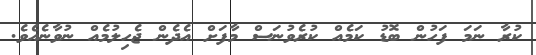
ކުރާ ނަމަ ފަހުން ބޮޑު ކަމެއް ކުރެވުނަސް މާފަށް އެދެން ޖެހިލުމެއް ނުވާނެއެވެ.